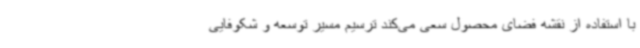
با استفاده از نقشه فضای محصول سعی می‌کند ترسیم مسیر توسعه و شکوفایی